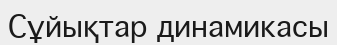
Сұйықтар динамикасы